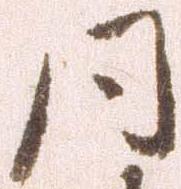
同